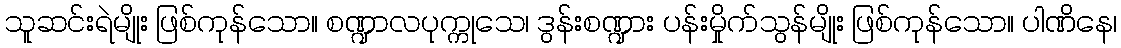
သူဆင်းရဲမျိုး ဖြစ်ကုန်သော။ စဏ္ဍာလပုက္ကုသေ၊ ဒွန်းစဏ္ဍား ပန်းမှိုက်သွန်မျိုး ဖြစ်ကုန်သော။ ပါဏိနေ၊